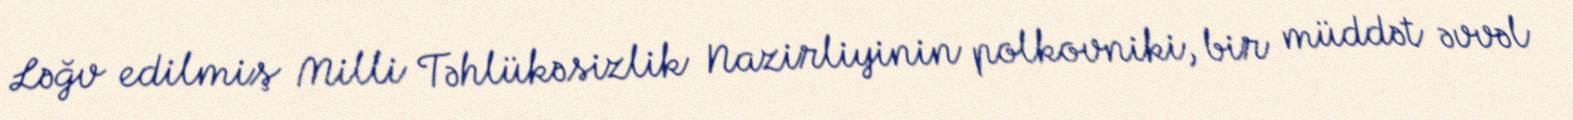
Ləğv edilmiş Milli Təhlükəsizlik Nazirliyinin polkovniki, bir müddət əvvəl